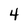
Character: 4